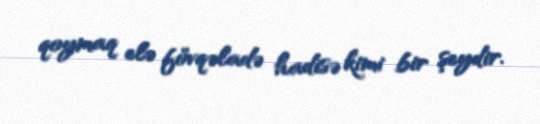
qoymaq elə fövqəladə hadisə kimi bir şeydir.